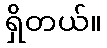
ရှိတယ်။